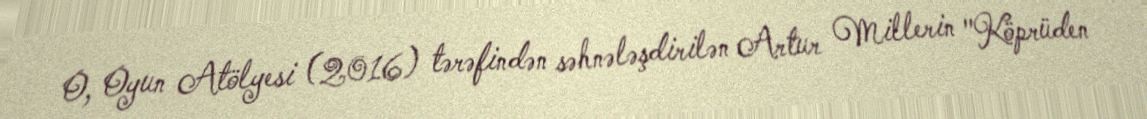
O, Oyun Atölyesi (2016) tərəfindən səhnələşdirilən Artur Millerin "Köprüden